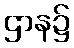
ဌာန၌